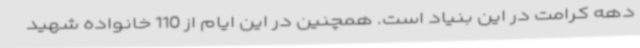
دهه کرامت در این بنیاد است. همچنین در این ایام از 110 خانواده شهید